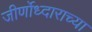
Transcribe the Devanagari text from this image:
जीर्णोध्दाराच्या